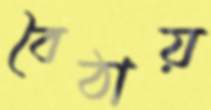
বৈঠায়